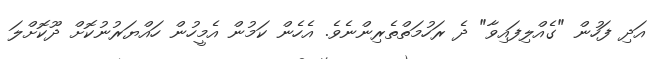
އަދި ފަހުން "ގެއްލިފައިވާ" ދެ ރަހުމަތްތެރިންނެވެ. އެހެން ކަމުން އެމީހުން ހައްޔަރުނުކޮށް ދޫކޮށްލަ